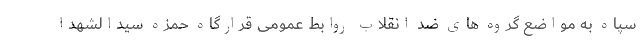
سپاه به مواضع گروه ‌های ضد انقلاب روابط عمومی قرارگاه حمزه سیدالشهدا